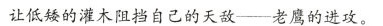
让低矮的灌木阻挡自己的天敌-老鹰的进攻。